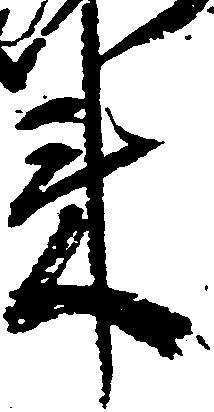
来